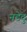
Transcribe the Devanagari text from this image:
नडेदु